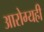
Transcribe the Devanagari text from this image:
आरोग्यही